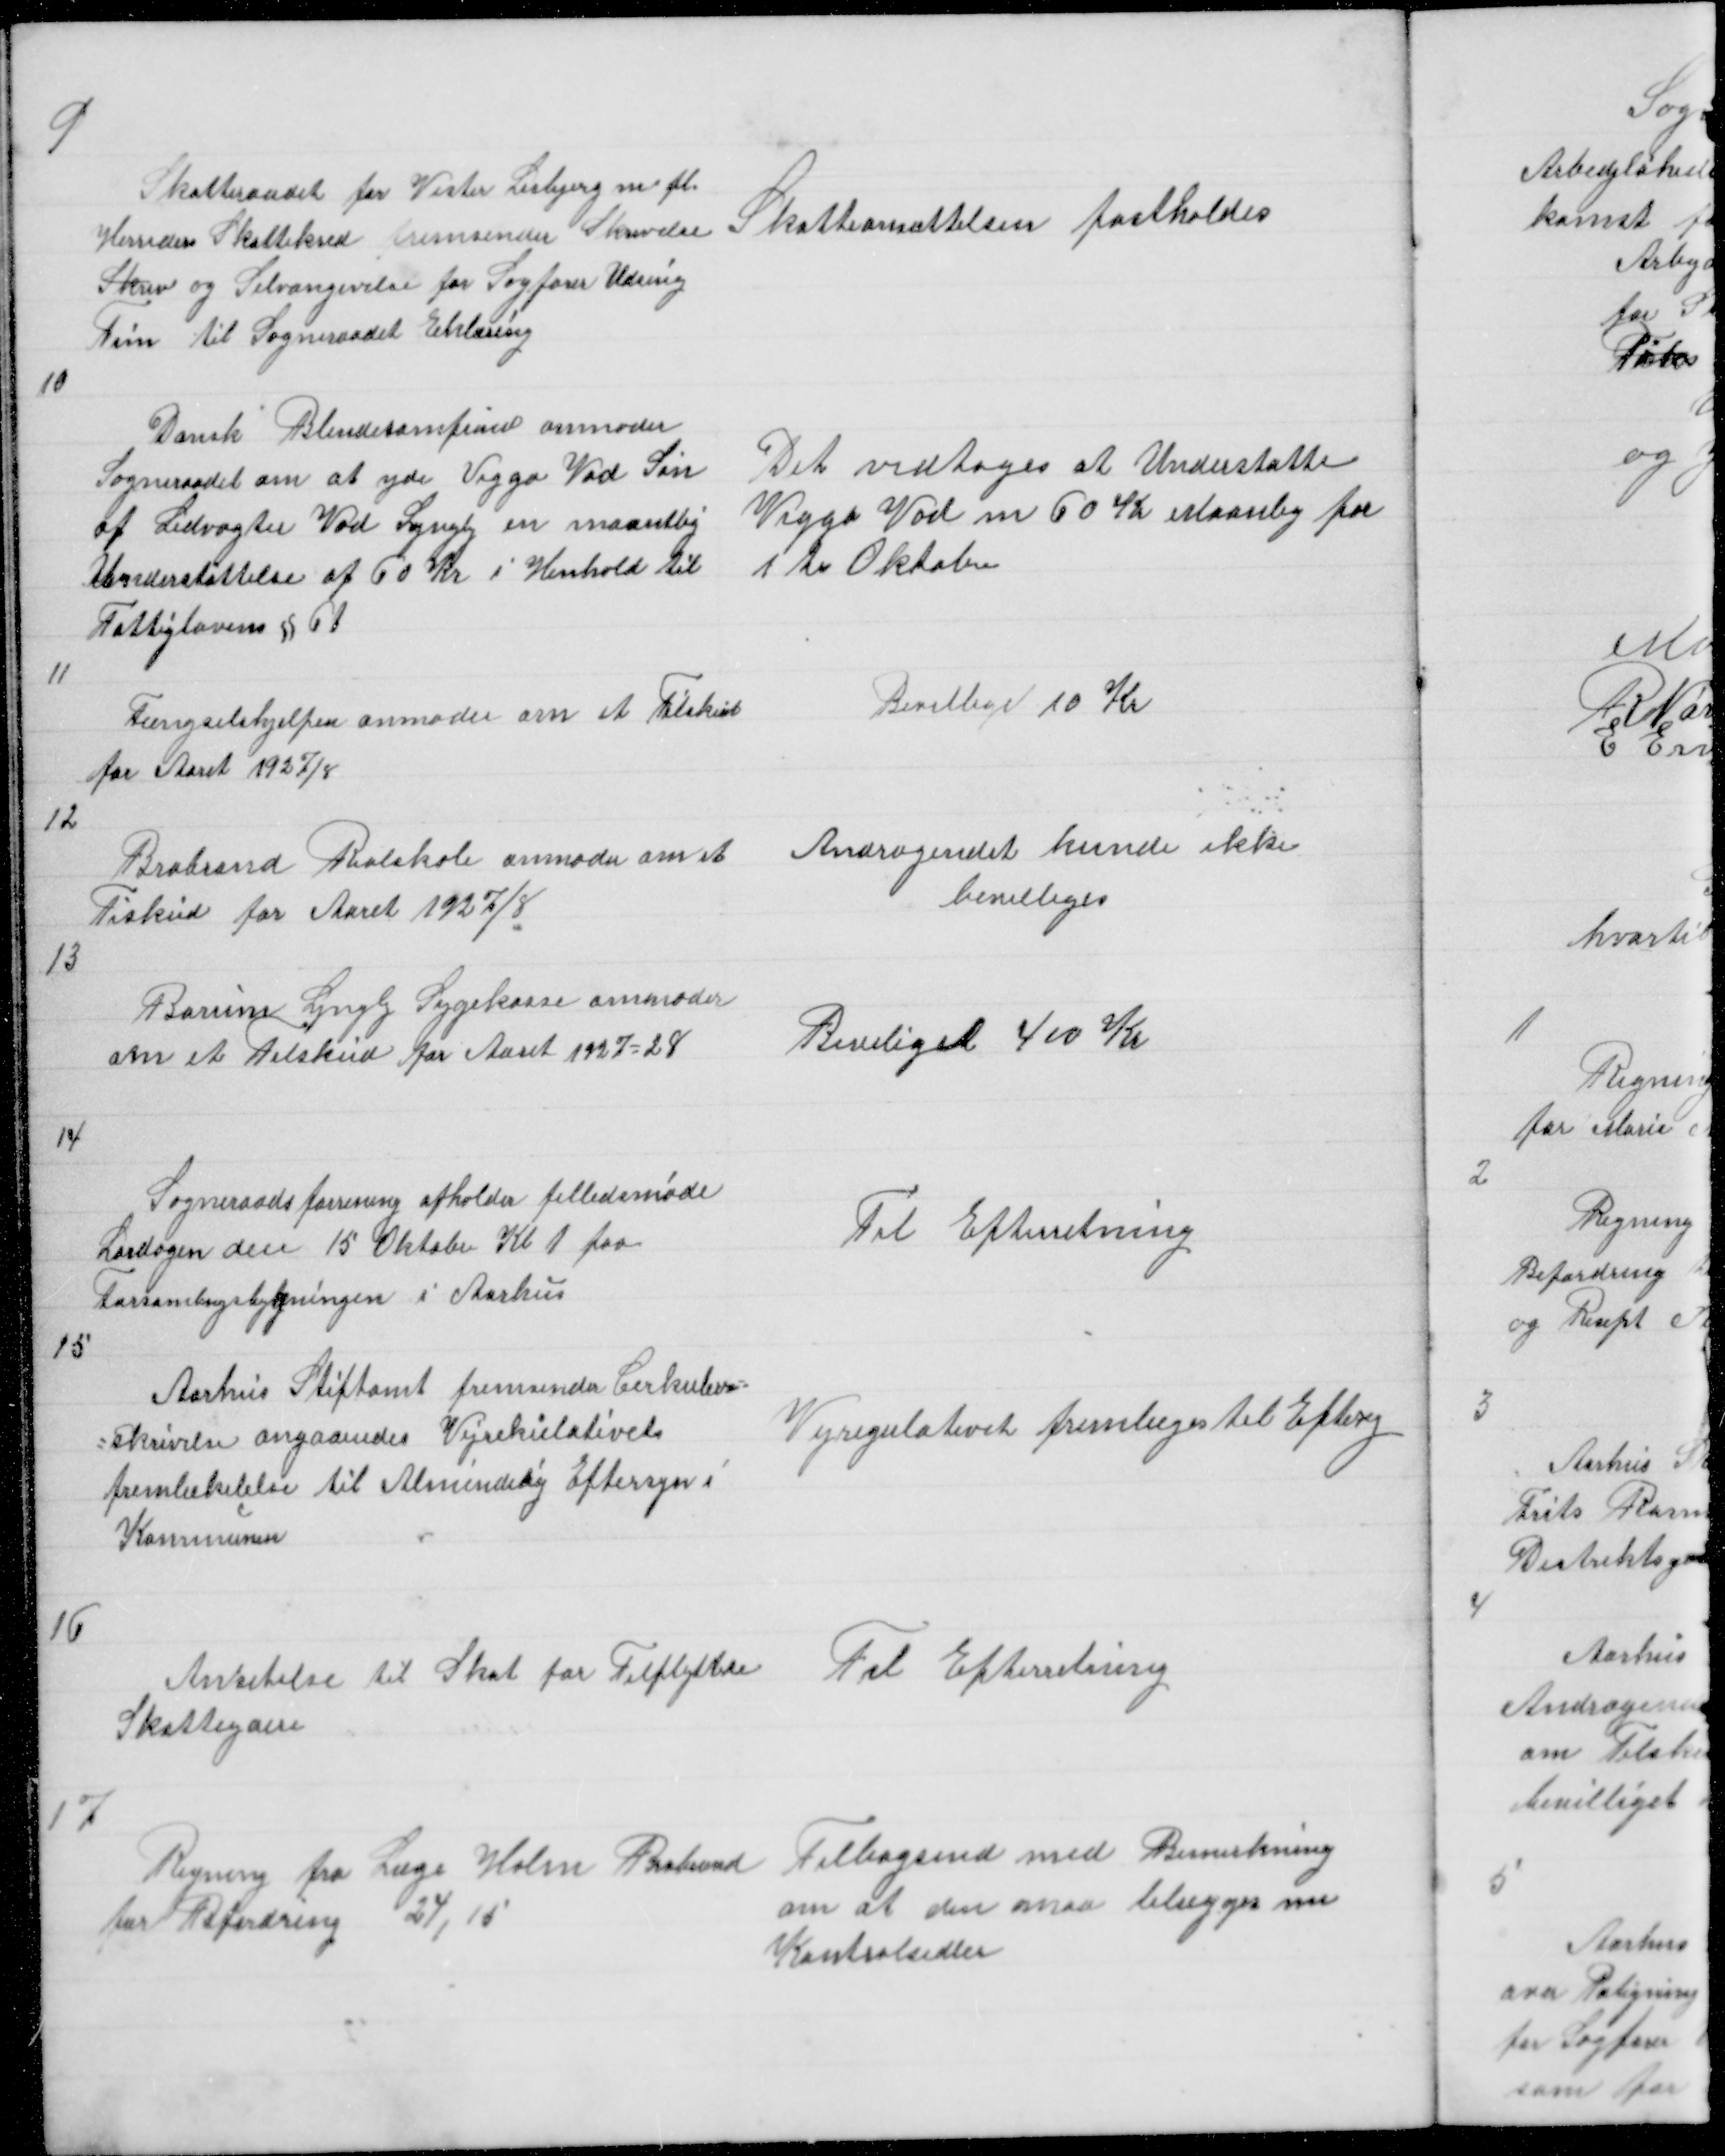
Transskription:
9

Skatteraadet for Vester Lisbjerg m fl.
Herreders Skattekred fremsender Skrivelse
Skriv og Selvangivelse for Sagfører Udsing
Tim til Sogneraadet Erklæring

Skatteansættelsen fastholdes

10

Dansk Blindesamfund anmoder
Sogneraadet om at yde Viggo Vad Søn
af Ledvogter Vad Lyngby en maantlig
Understøttelse af 60 Kr i Henhold til
Fattiglovens § 61

Det vedtoges at Understøtte
Viggo Vad med 60 Kr Maanlig fra
1 te Oktober

11

Fængselshjelpen anmoder om et Tilskud
for Aaret 1927/8

Bevillige 10 Kr

12

Brabrand Realskole anmoder om et
Tilskud for Aaret 1927/8

Andragendet kunde ikke
bevilliges

13

Borum Lyngby Sygekasse anmoder
om et Tilskud for Aaret 1927 - 28

Beviliget 400 Kr

14

Sogneraadsforeningen afholder felledsmøde
Lørdagen den 15 Oktober Kl 1 paa
Forsamlingsbygningen i Aarhus

Til Efterretning

15

Aarhus Stiftamt fremsender Cirkulære =
= skrivelse angaaendes Vejrekulativets
fremlækelelse til Almindelig Eftersyn i
Kommunen

Vejregulativet fremlæges til Eftersy

16

Ansetelse til Skat for Tilflyttede
Skatteydere

Til Efterretning

17

Regning fra Læge Holm Brabrand
for Befordring
24,15

Tilbagesend med Bemerkning
om at den maa tilægges me
Kontrolsedler